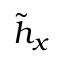
\tilde { h } _ { x }